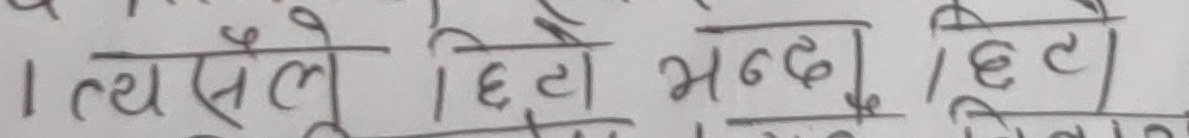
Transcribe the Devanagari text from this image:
१ त्यसैले छिटो भन्छ। छिटो